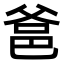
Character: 𤕕